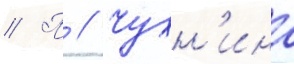
// П // Чухн'ина